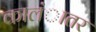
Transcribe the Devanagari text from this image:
कालंातर